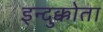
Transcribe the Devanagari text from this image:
इन्दुक्कोता